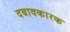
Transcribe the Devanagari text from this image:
दबावकारक